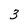
Character: 3